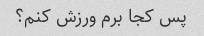
پس کجا برم ورزش کنم؟